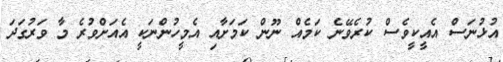
އުޅުނަސް އެއީކީވެސް ކުރެވޭނެ ކަމެއް ނޫން ކަމަށާއި އެމީހުންނަކީ އެއަށްވުރެ މާ ވަރުގަދަ